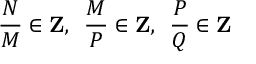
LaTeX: { \frac { N } { M } } \in { \bf Z } , \, \, \, { \frac { M } { P } } \in { \bf Z } , \, \, \, { \frac { P } { Q } } \in { \bf Z }